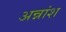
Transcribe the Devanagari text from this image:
अन्नांश